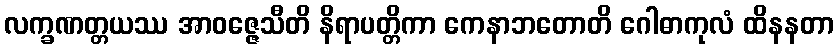
လက္ခဏတ္တယဿ အာဝဇ္ဇေသီတိ နိရာပတ္တိကာ ကေနာဘတောတိ ဂေါဓာကုလံ ထိနနတာ